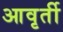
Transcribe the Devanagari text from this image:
आवृर्ती